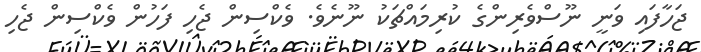
ޖަހާފައި ވަނީ ނޫސްވެރިންގެ ކުރިމައްޗަކު ނޫނެވެ. ވެކްސިން ޖެހި ފަހުން ވެކްސިން ޖެހި